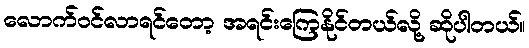
လောက်ဝင်လာရင်တော့ အရင်းကြေနိုင်တယ်လို့ ဆိုပါတယ်။